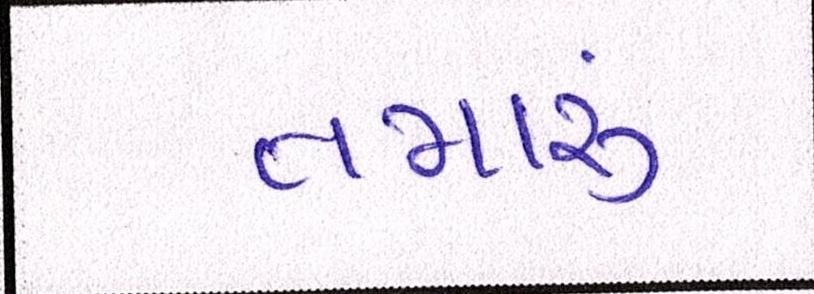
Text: તમારું